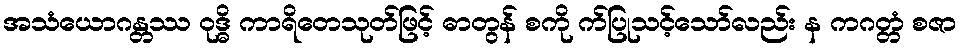
အသံယောဂန္တဿ ဝုဒ္ဓိ ကာရိတေသုတ်ဖြင့် ဓာတွန် စကို က်ပြုသင့်သော်လည်း န ကဂတ္တံ စဇာ